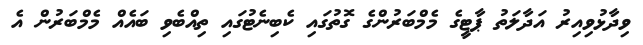
ވިދާޅުވިއިރު އަދާލަތު ޕާޓީގެ މެމްބަރުންގެ ގޮތުގައި ކެބިނެޓުގައި ތިއްބެވި ބައެއް މެމްބަރުން އެ